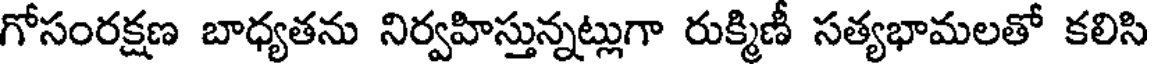
గోసంరక్షణ బాధ్యతను నిర్వహిస్తున్నట్లుగా రుక్మిణీ సత్యభామలతో కలిసి